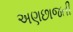
અણછાજતી